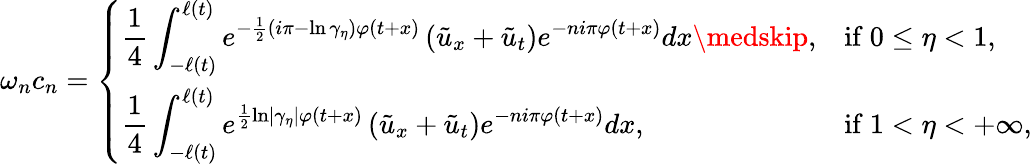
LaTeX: \omega_{n}c_{n}=\left\{ \begin{array}{ll}{\displaystyle\frac{1}{4}\int_{-\ell\left(t\right)}^{\ell\left(t\right)}e^{-\frac{1}{2}\left(i\pi-\ln\gamma_{\eta}\right)\varphi(t+x)}\left(\tilde{u}_{x}+\tilde{u}_{t}\right)e^{-ni\pi\varphi(t+x)}dx\medskip,}&{\mathrm{if~}0\leq\eta<1,}\\ {\displaystyle\frac{1}{4}\int_{-\ell\left(t\right)}^{\ell\left(t\right)}e^{\frac{1}{2}\ln\left\vert\gamma_{\eta}\right\vert\varphi(t+x)}\left(\tilde{u}_{x}+\tilde{u}_{t}\right)e^{-ni\pi\varphi(t+x)}dx,}&{\mathrm{if~}1<\eta<+\infty,}\end{array}\right.